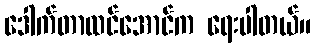
ဒေါက်တာထင်အောင်က ရေးပါတယ်။